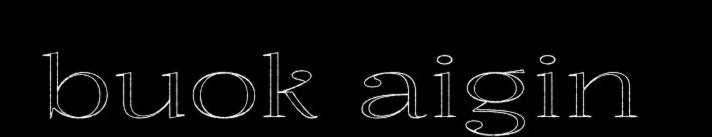
buok aigin